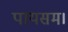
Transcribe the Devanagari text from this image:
पायसम।